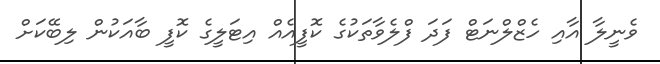
ވެނީލާ އާއި ހެޒްލްނަޓް ފަދަ ފްލެވާތަކުގެ ކޮފީއެއް އިޓަލީގެ ކޮފީ ބާއަކުން ލިބޭކަށް